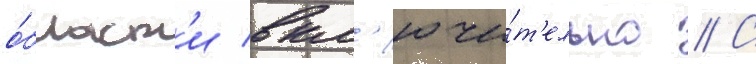
о́бласт'и вкл'ючи́т'ельно // С